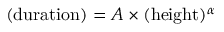
( \mathrm { d u r a t i o n } ) = A \times ( \mathrm { h e i g h t } ) ^ { \alpha }